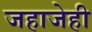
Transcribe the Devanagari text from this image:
जहाजेही